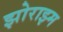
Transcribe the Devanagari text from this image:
झोराझ्म